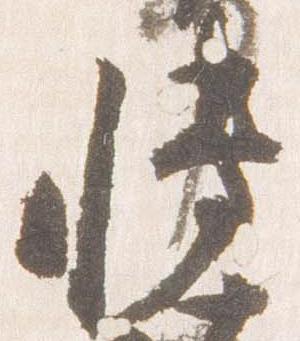
博